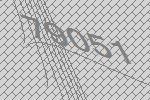
79051